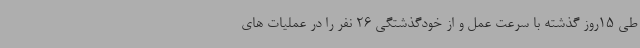
طی 15روز گذشته با سرعت عمل و از خودگذشتگی 26 نفر را در عملیات های